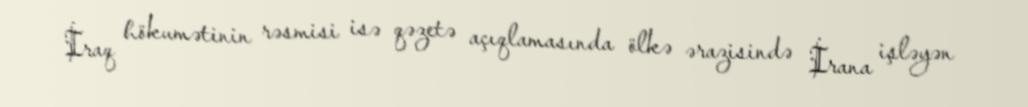
İraq hökumətinin rəsmisi isə qəzetə açıqlamasında ölkə ərazisində İrana işləyən